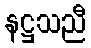
နဋ္ဌသညီ